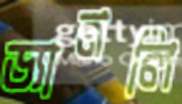
ড্যানলি